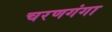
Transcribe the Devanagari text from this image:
चरणगंगा